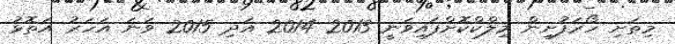
މިތަށި ހޯރަފުށިން މިލްކްކޮށްފައިވަނީ 2013 2014 އަދި 2015 ވަނަ އަހަރު އަތޮޅު